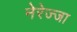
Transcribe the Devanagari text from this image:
नेरेज्जा